Malaria in the Punjab - Number 46
Disease focus: Malaria
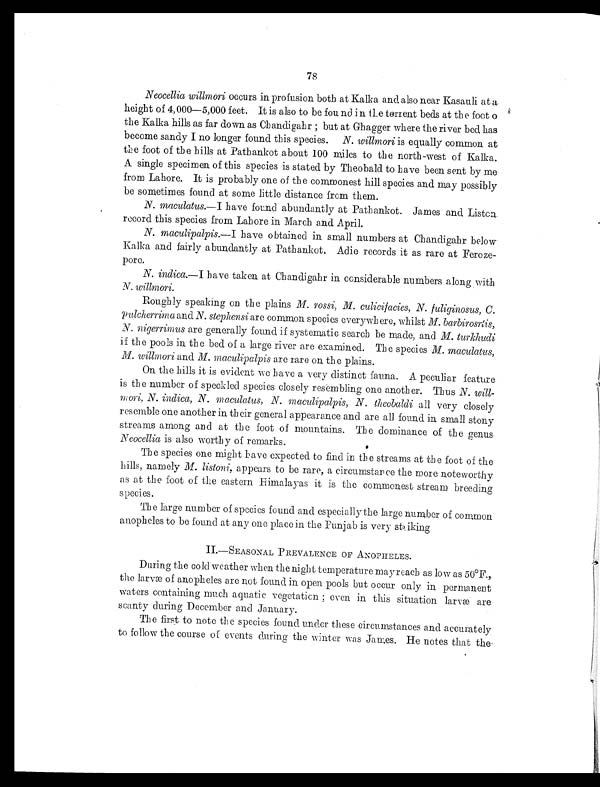
Neocellia willmori occurs in profusion both at Kalka and also near Kasauli at a
height of 4,000—5,000 feet. It is also to be found in the torrent beds at the foot o
the Kalka hills as far down as Chandigahr; but at Ghagger where the river bed has
become sandy I no longer found this species. N. willmori is equally common at.
the foot of the hills at Pathankot about 100 miles to the north -west of Kalka.
A single specimen of this species is stated by Theobald to have been sent by me
from Lahore. It is probably one of the commonest hill species and may possibly
be sometimes found at some little distance from them.
N. maculatus.—I have found abundantly at Pathankot. James and Liston
record this species from Lahore in March and April.
N. maculipalpis.—I have obtained in small numbers at Chandigahr below
Kalka and fairly abundantly at Pathankot. Adie records it as rare at Feroze-
pore.
N. indica .—I have taken at Chandigahr in considerable numbers along with
N. willmori.
Roughly speaking on the plains M. rossi, M. culicifacies, N. fuliginosus , C.
pulcherrima and N. stephensi are common species everywhere, whilst M. barbirosrtis ,
N. nigerrimus are generally found if systematic search be made, and M. turkhudi
if the pools in the bed of a large river are examined. The species M. maculatus,
M. willmori and M. maculipalpis are rare on the plains.
On the hills it is evident we have a very distinct fauna. A peculiar feature
is the number of speckled species closely resembling one another. Thus N. will-
mori, N. indica, N. maculatus, N. maculipalpis, N. theobaldi all very closely
resemble one another in their general appearance and are all found in small stony
streams among and at the foot of mountains. The dominance of the genus
Neocellia is also worthy of remarks.
The species one might have expected to find in the streams at th e foot of the
hills, namely M. listoni, appears to be rare, a circumstance the more noteworthy
as at the foot of the eastern Himalayas it is the commonest stream breeding
species.
The large number of species found and especially the large number of common
anopheles to be found at any one place in the Punjab is very striking
II.—SEASONAL PREVALENCE OF ANOPHELES.
During the cold weather when the night temperature may reach as low as 50°F.,
the larvæ of anopheles are not found in open pools but occur only in permanent
waters containing much aquatic vegetation; even in this situation larvæ are
scanty during December and January.
The first to note the species found under these circumstances and accurately
to follow the course of events during the winter was James. He notes that the